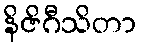
နိဇိဂီသိတာ